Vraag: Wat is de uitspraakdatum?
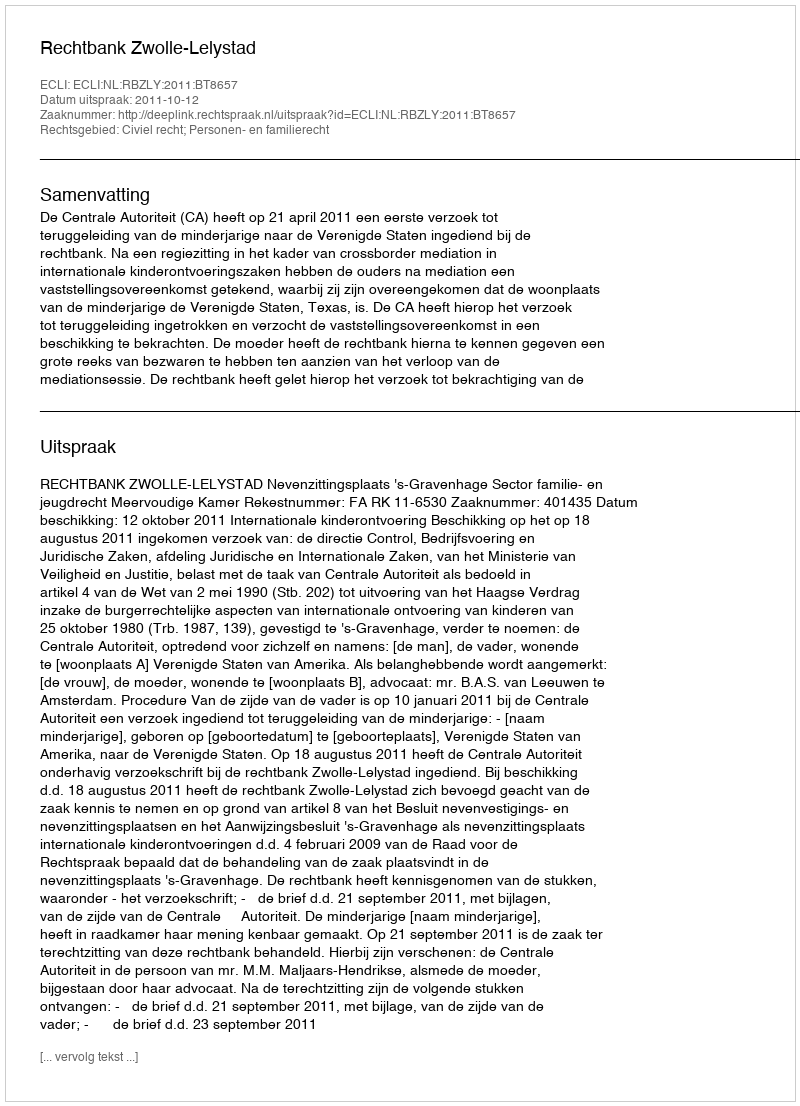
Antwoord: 2011-10-12